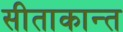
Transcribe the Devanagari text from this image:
सीताकान्त